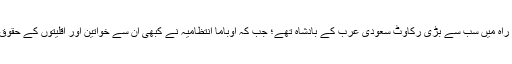
ان کے خیال میں، ’عرب اسپرنگ کی راہ میں سب سے بڑی رکاوٹ سعودی عرب کے بادشاہ تھے؛ جب کہ اوباما انتظامیہ نے کبھی ان سے خواتین اور اقلیتوں کے حقوق کے حوالے سے بات چیت نہیں کی‘۔